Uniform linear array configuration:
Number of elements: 8
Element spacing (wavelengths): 1
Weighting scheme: exponential
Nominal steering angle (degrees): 45
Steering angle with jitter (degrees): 44.225
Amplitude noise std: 0.05
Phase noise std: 0.05

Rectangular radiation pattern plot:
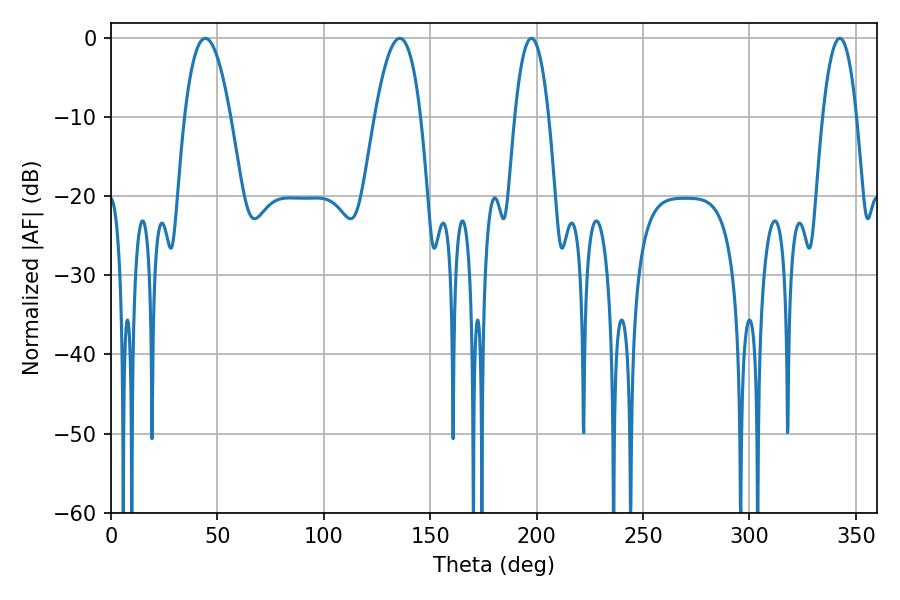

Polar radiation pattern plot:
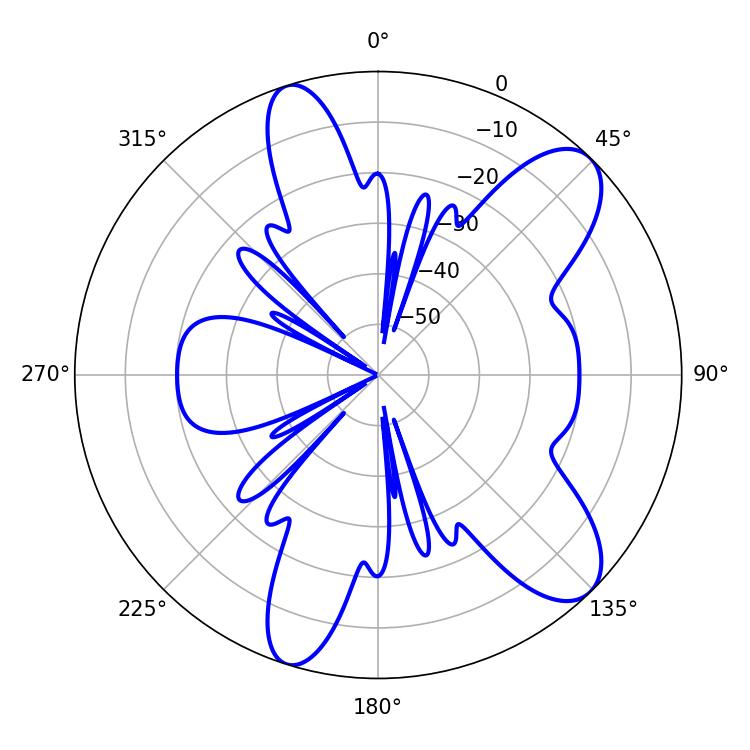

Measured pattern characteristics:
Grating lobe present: TRUE
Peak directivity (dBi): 9.67
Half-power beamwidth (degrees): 11.88
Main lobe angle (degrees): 44.28